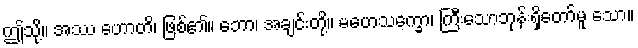
ဤသို့။ အဿ ဟောတိ၊ ဖြစ်၏။ ဘော၊ အချင်းတို့။ မဟေသက္ခော၊ ကြီးသောဘုန်းရှိတော်မူ သော။